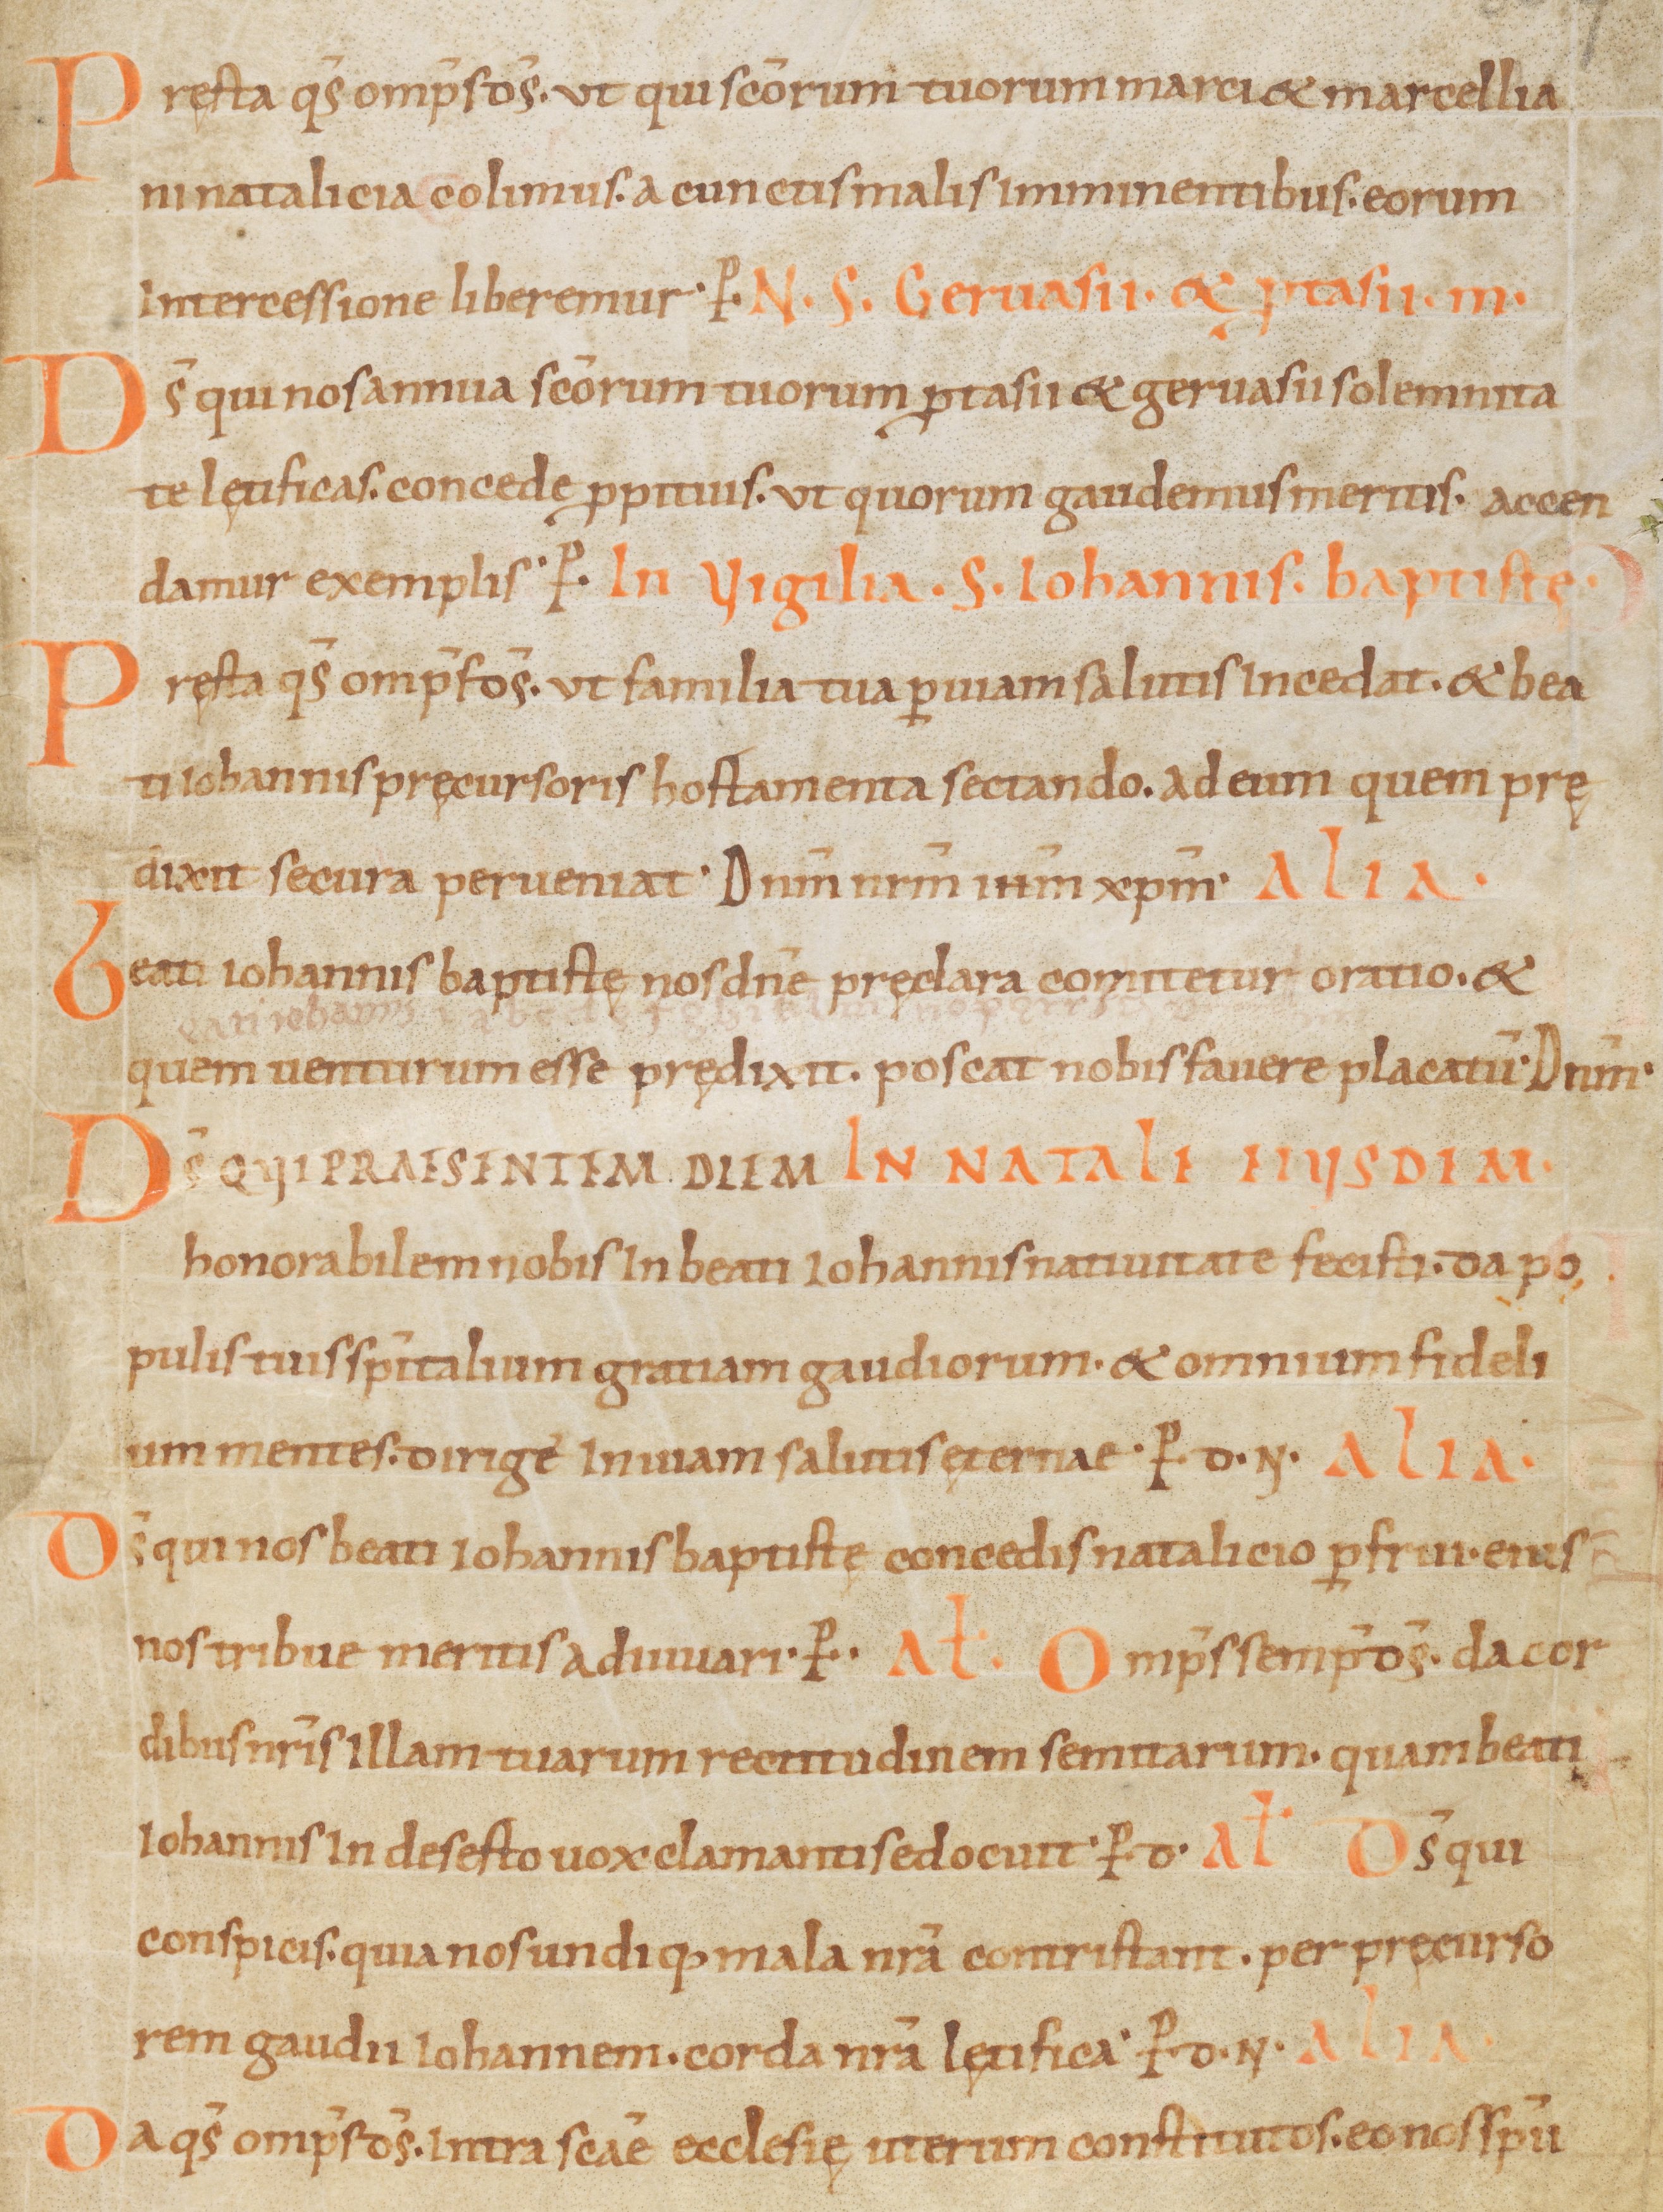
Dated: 900–999